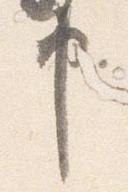
申